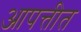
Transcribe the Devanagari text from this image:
आपत्तीत